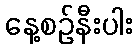
နေ့စဉ်နီးပါး